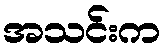
အသင်းက